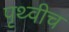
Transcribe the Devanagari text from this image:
पृथ्वीच